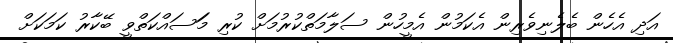
އަދި އެހެން ބެލެނިވެރިން އެކަމުން އެމީހުން ސަލާމަތްކުރުމަށް ކުރި މަަސައްކަތްވީ ބޭކާރު ކަމަކަށް